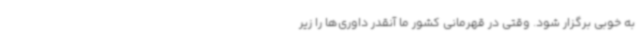
به خوبی برگزار شود. وقتی در قهرمانی کشور ما آنقدر داوری‌ها را زیر